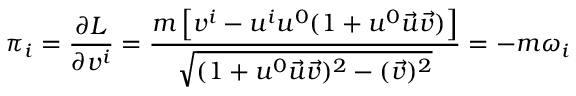
\pi _ { i } = \frac { \partial L } { \partial v ^ { i } } = \frac { { m } \left[ v ^ { i } - u ^ { i } u ^ { 0 } ( 1 + u ^ { 0 } \vec { u } \vec { v } ) \right] } { \sqrt { ( 1 + u ^ { 0 } \vec { u } \vec { v } ) ^ { 2 } - ( \vec { v } ) ^ { 2 } } } = - m \omega _ { i }